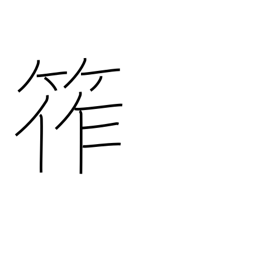
Meaning: bamboo rope